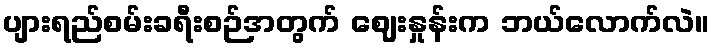
ပျားရည်စမ်းခရီးစဉ်အတွက် ဈေးနှုန်းက ဘယ်လောက်လဲ။